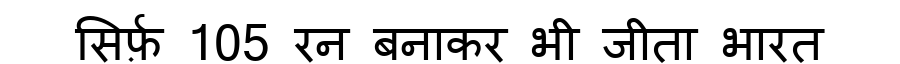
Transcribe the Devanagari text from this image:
सिर्फ़ 105 रन बनाकर भी जीता भारत